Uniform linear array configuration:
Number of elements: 8
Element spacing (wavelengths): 0.25
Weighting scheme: hann
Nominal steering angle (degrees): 30
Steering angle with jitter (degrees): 28.311
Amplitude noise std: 0.05
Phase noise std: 0.05

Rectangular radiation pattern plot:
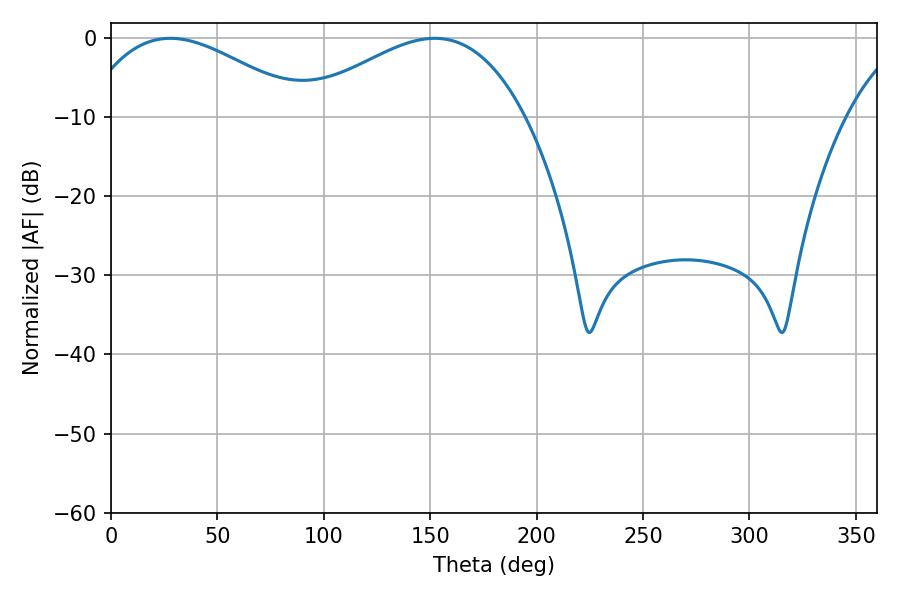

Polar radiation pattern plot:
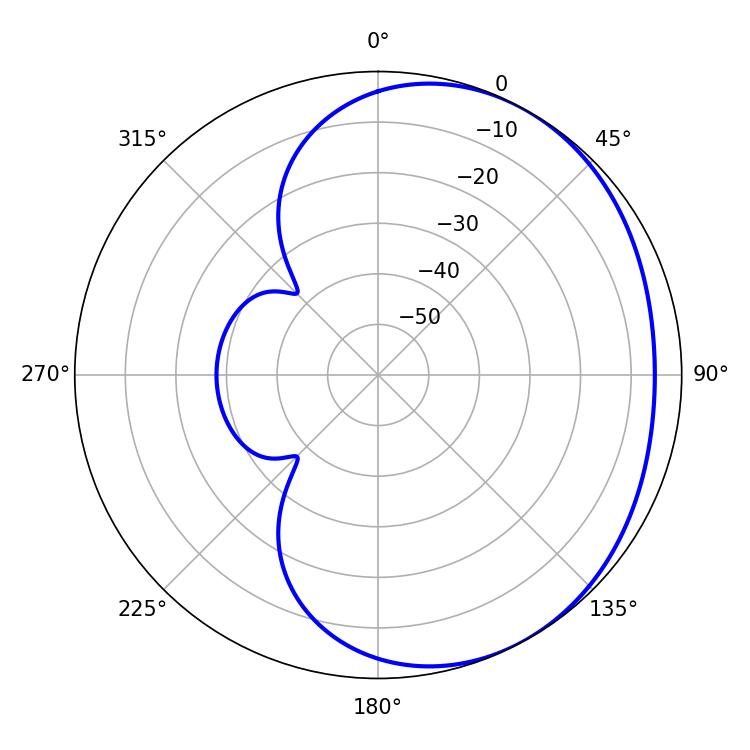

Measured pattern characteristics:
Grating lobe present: FALSE
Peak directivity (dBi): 2.45
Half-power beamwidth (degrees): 57.78
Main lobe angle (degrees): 27.9